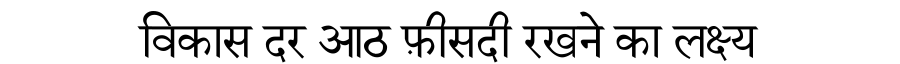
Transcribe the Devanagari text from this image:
विकास दर आठ फ़ीसदी रखने का लक्ष्य